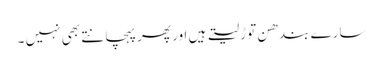
سارے بندھن توڑ لیتے ہیں اور پھر پہچانتے بھی نہیں ۔